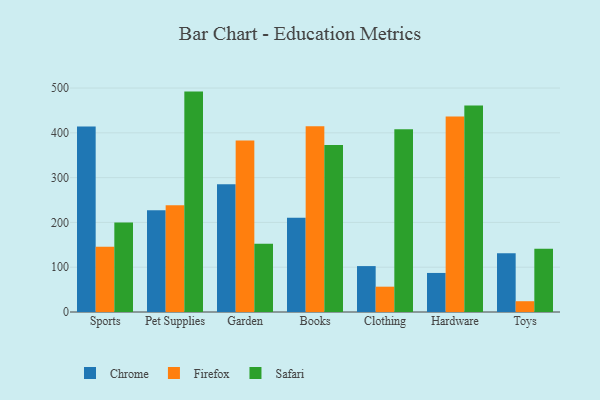
{"axis": {"x": "Category", "y": "Churn Rate (%)"}, "legend": ["Chrome", "Firefox", "Safari"], "data": [{"x": "Sports", "y": 414.1, "type": "Chrome"}, {"x": "Sports", "y": 145.7, "type": "Firefox"}, {"x": "Sports", "y": 200.0, "type": "Safari"}, {"x": "Pet Supplies", "y": 227.3, "type": "Chrome"}, {"x": "Pet Supplies", "y": 238.4, "type": "Firefox"}, {"x": "Pet Supplies", "y": 492.1, "type": "Safari"}, {"x": "Garden", "y": 285.1, "type": "Chrome"}, {"x": "Garden", "y": 382.9, "type": "Firefox"}, {"x": "Garden", "y": 152.3, "type": "Safari"}, {"x": "Books", "y": 210.7, "type": "Chrome"}, {"x": "Books", "y": 414.7, "type": "Firefox"}, {"x": "Books", "y": 372.9, "type": "Safari"}, {"x": "Clothing", "y": 102.5, "type": "Chrome"}, {"x": "Clothing", "y": 56.5, "type": "Firefox"}, {"x": "Clothing", "y": 408.0, "type": "Safari"}, {"x": "Hardware", "y": 87.2, "type": "Chrome"}, {"x": "Hardware", "y": 436.3, "type": "Firefox"}, {"x": "Hardware", "y": 460.8, "type": "Safari"}, {"x": "Toys", "y": 131.0, "type": "Chrome"}, {"x": "Toys", "y": 24.1, "type": "Firefox"}, {"x": "Toys", "y": 141.4, "type": "Safari"}]}